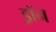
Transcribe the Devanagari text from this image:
ड्रॉन